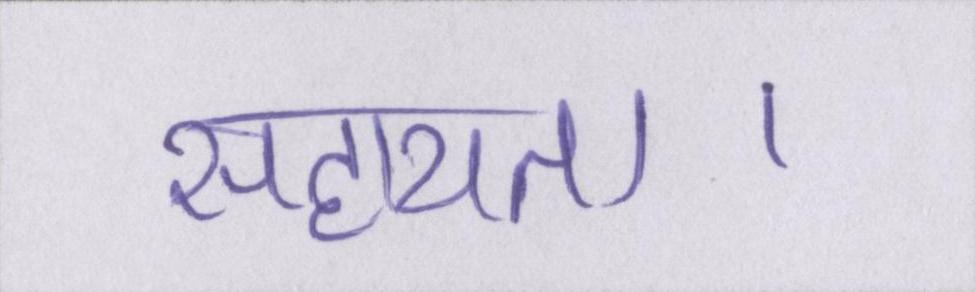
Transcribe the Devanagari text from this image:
सहायता।